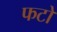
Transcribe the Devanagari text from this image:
फटों